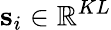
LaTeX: \textbf{s}_{i}\in\mathbb{R}^{KL}